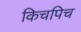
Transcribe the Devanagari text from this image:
किचपिच